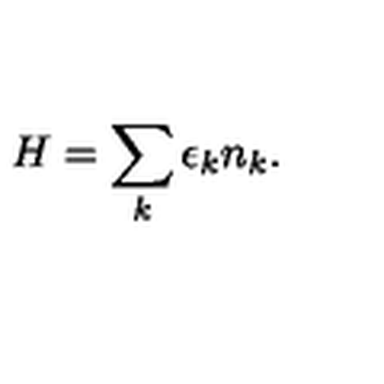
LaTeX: H = \sum _ { k } \epsilon _ { k } n _ { k } .